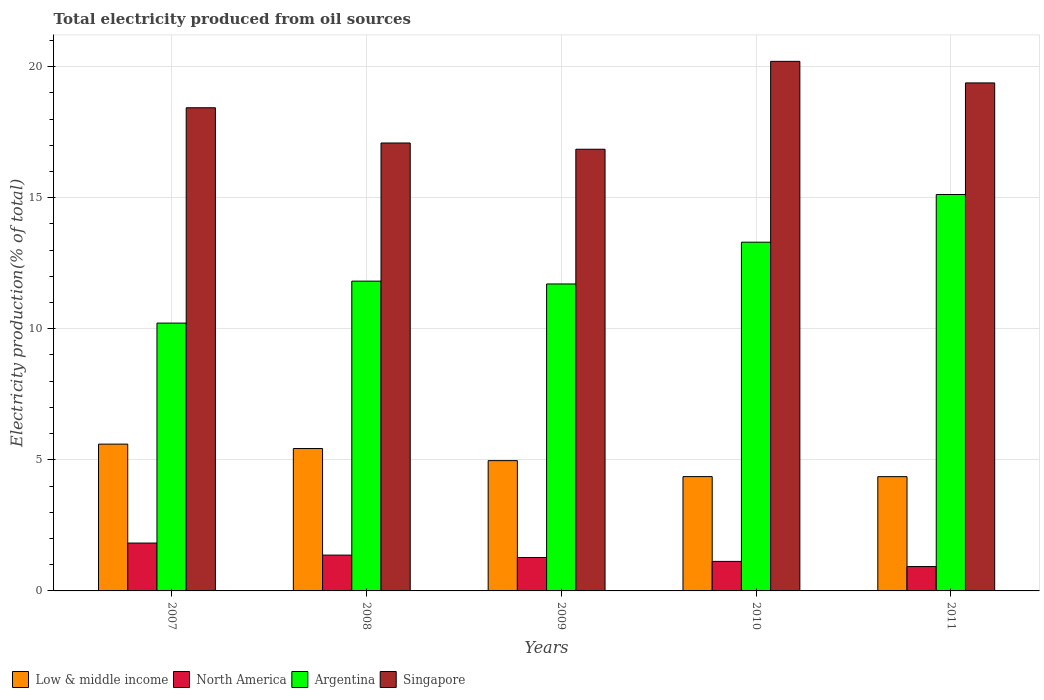
| Years | Low & middle income | North America | Argentina | Singapore |
 | --- | --- | --- | --- | --- |
 | 2007 | 5.6 | 1.83 | 10.2 | 18.4 |
 | 2008 | 5.43 | 1.37 | 11.8 | 17.1 |
 | 2009 | 4.97 | 1.28 | 11.7 | 16.8 |
 | 2010 | 4.36 | 1.13 | 13.3 | 20.2 |
 | 2011 | 4.36 | 0.929 | 15.1 | 19.4 |